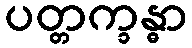
ပတ္တက္ခန္ဓာ